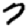
Digit: 7